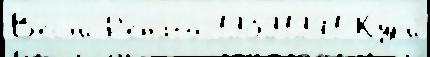
В'есл'и Р'енато 19391941 Кур'и́